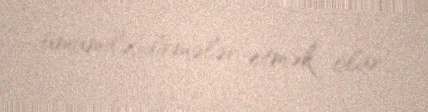
ümumiləşdirmələr etmək olar.